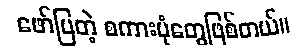
ဖော်ပြတဲ့ စကားပုံတွေဖြစ်တယ်။